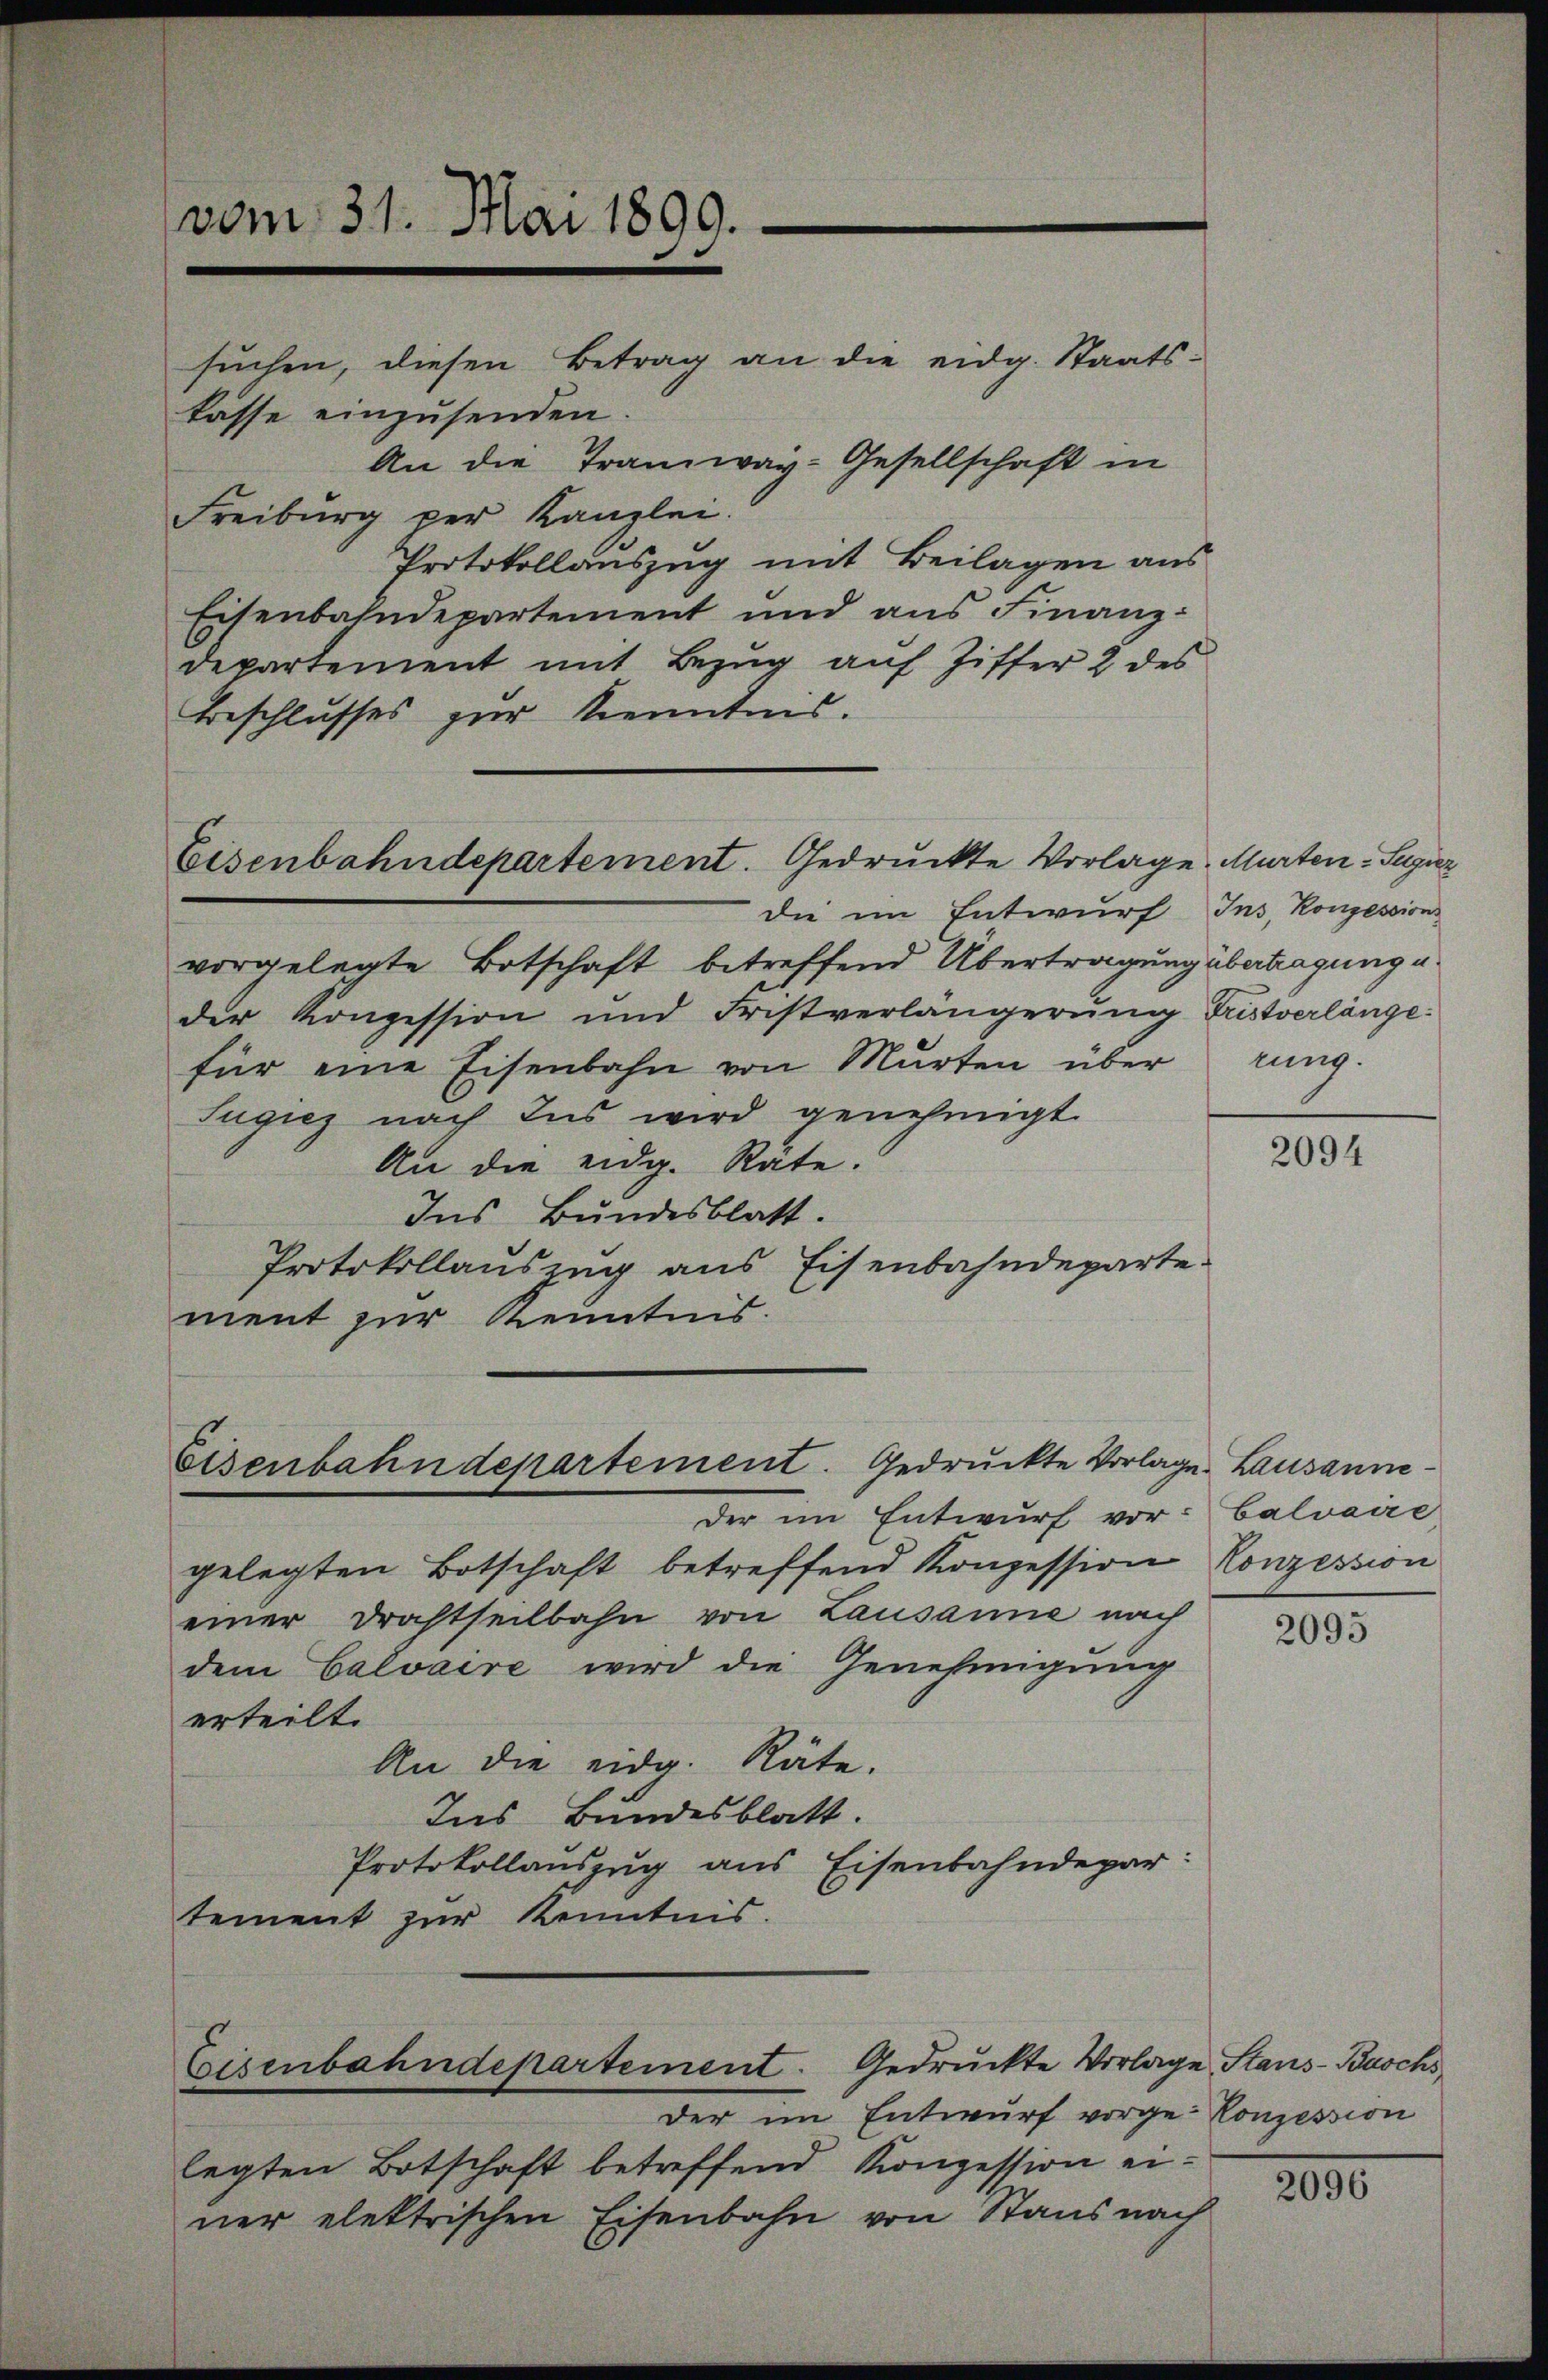
suchen, diesen Betrag an die eidg. Staats-
lasse einzusenden
An die Tramway-Gesellschaft in
Freiburg per Kanzlei.
Protokollauszug mit Beilagen aus
Eisenbahndepartement und aus Finanz-
6
departement mit Bezŭg aŭf Ziffer 2 des
Beschlusses zur Kenntnis.

vom 31. Mai 1890.

die im Entwurf Ins, Konzession
vorgelegte Botschaft betreffend Übertragung übertragung u.
der Konzession und Fristverlängerŭng Fristverlänge-
für eine Eisenbahn von Murten über
Jugiez nach das wird genehmigt
An die eidg. Rate.
Ins Bundesblatt.
Protokollauszug aus Eisenbahndeparte
ment zur Kenntnis.

Eisenbahndepartement. Gedruckte Vorlage. Murten-Suzier

Eisenbahndepartement. gedruckte Vorlage. Lausanne¬

der im Entwurf vorge-Konzession
legten Botschaft betreffend Konzession einer elektrischen Eisenbahn von Staus nach

Der im Entwurf vor: Calvaire
gelegten Botschaft betreffend Konzession Konzession
einer Drahtheilbahn von Lausanne nach
dem Calvaire wird die Genehmigung
erteilt.
An die eidg. Räte.
Ins Bundesblatt.
Protokollauszug aus Eisenbahndepar:
tement zur Kenntnis.

Gedruckte Vorlage Stans-Buchs,
Eisenbahndepartement.

nung.

2094

2095

2096